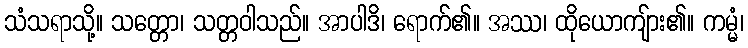
သံသရာသို့။ သတ္တော၊ သတ္တဝါသည်။ အာပါဒိ၊ ရောက်၏။ အဿ၊ ထိုယောကျ်ား၏။ ကမ္မံ၊